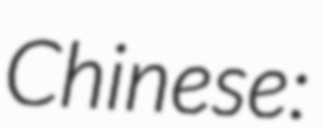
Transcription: Chinese: